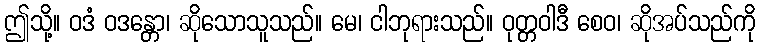
ဤသို့။ ဝဒံ ဝဒန္တော၊ ဆိုသောသူသည်။ မေ၊ ငါဘုရားသည်။ ဝုတ္တဝါဒီ စေဝ၊ ဆိုအပ်သည်ကို